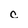
Character: c